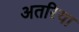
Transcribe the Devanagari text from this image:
अतरिया